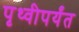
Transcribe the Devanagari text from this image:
पृथ्वीपर्यंत